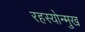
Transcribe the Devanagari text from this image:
रहस्योन्मुख